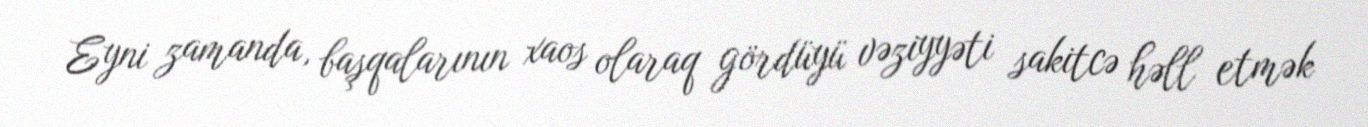
Eyni zamanda, başqalarının xaos olaraq gördüyü vəziyyəti sakitcə həll etmək